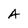
Character: A